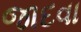
જાદવા